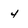
Character: 4